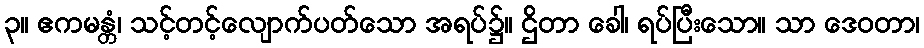
၃။ ဧကမန္တံ၊ သင့်တင့်လျောက်ပတ်သော အရပ်၌။ ဌိတာ ခေါ၊ ရပ်ပြီးသော။ သာ ဒေဝတာ၊